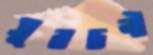
সুবচনী